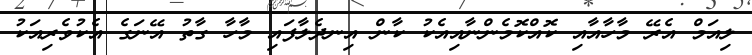
ލިއަމް އެރޭ މާހާއާއި ކޮއްކޮމެންނާއިއެކު ކާން އިނދެލާފައި މާހާ ގާތު އޭނަގެ އެކުވެރިއަކު